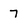
Character: 7